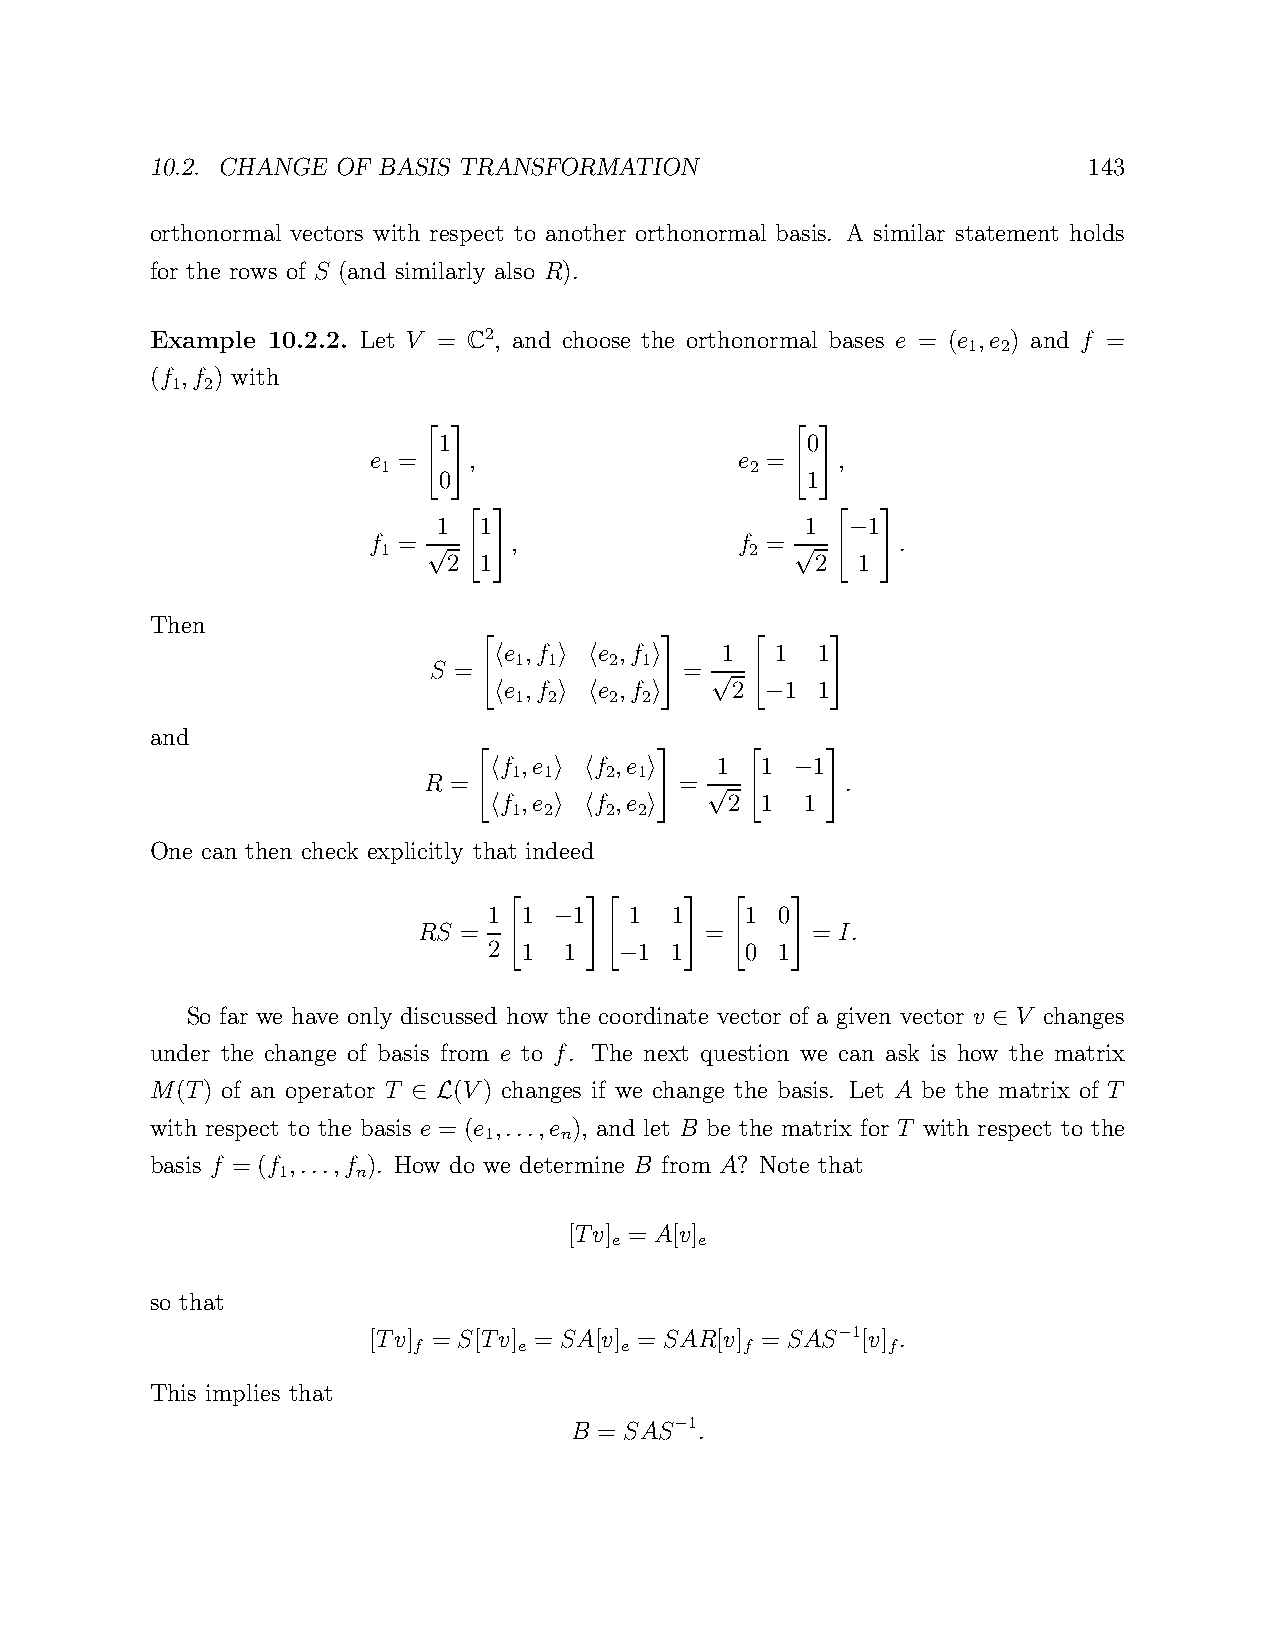
10.2. CHANGE OF BASIS TRANSFORMATION                          143
 orthonormal vectors with respect to another orthonormal basis. A similar statement holds
 for the rows of S (and similarly also R).
 Example 10.2.2. Let V = C2, and choose the orthonormal bases e = (e ,e ) and f =
 1 2
 (f ,f ) with
 1  2
 1                       0
 e =    ,                 e =   ,
 1                        2
 "0#                     "1#
 1  1                    1   1
 f =       ,              f =    −   .
 1                        2
 √2 "1#                   √2 " 1 #
 Then
 e ,f   e ,f    1  1  1
 1 1   2  1
 S = h   i h   i =
 " e 1,f 2 e 2,f 2 # √2 " 1 1#
 h   i h   i       −
 and
 f ,e  f ,e     1 1   1
 1 1   2 1
 R = h    i h   i =       −  .
 " f 1,e 2 f 2,e 2 # √2 "1 1 #
 h    i h   i
 One can then check explicitly that indeed
 1  1  1   1 1    1  0
 RS =     −         =      = I.
 2 "1 1 #" 1 1#  "0  1#
 −
 So far we have only discussed how the coordinate vector of a given vector v V changes
 ∈
 under the change of basis from e to f. The next question we can ask is how the matrix
 M(T) of an operator T (V) changes if we change the basis. Let A be the matrix of T
 ∈ L
 with respect to the basis e = (e ,...,e ), and let B be the matrix for T with respect to the
 1    n
 basis f = (f ,...,f ). How do we determine B from A? Note that
 1     n
 [Tv] = A[v]
 e    e
 so that
 [Tv] = S[Tv] = SA[v] = SAR[v] = SAS 1[v] .
 f      e      e       f     −   f
 This implies that
 B = SAS 1.
 −